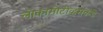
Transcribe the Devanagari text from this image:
लोकामोटीव्हसकडे